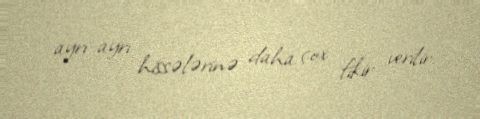
ayrı-ayrı hissələrinə daha çox fikir verilir.